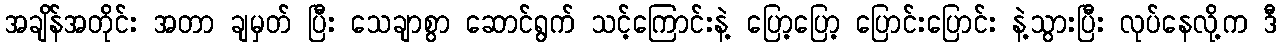
အချိန်အတိုင်း အတာ ချမှတ် ပြီး သေချာစွာ ဆောင်ရွက် သင့်ကြောင်းနဲ့ ပြော့ပြော့ ပြောင်းပြောင်း နဲ့သွားပြီး လုပ်နေလို့က ဒီ